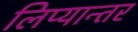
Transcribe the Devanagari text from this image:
लिप्यान्तर